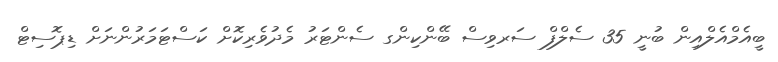
ބީއެމްއެލްއިން ބުނީ 35 ސެލްފް ސަރވިސް ބޭންކިންގ ސެންޓަރު މެދުވެރިކޮށް ކަސްޓަމަރުންނަށް ޑިޕޮސިޓް